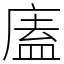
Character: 廅